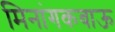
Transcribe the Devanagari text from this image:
मिनांगकबाऊ